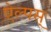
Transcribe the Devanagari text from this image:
ऐल्पस्